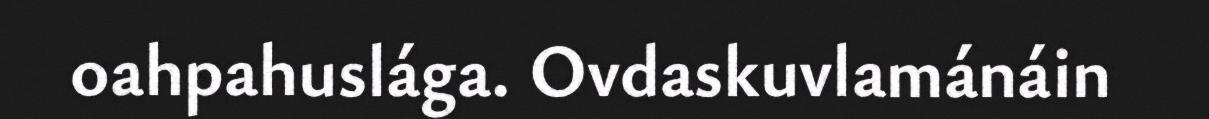
oahpahuslága. Ovdaskuvlamánáin